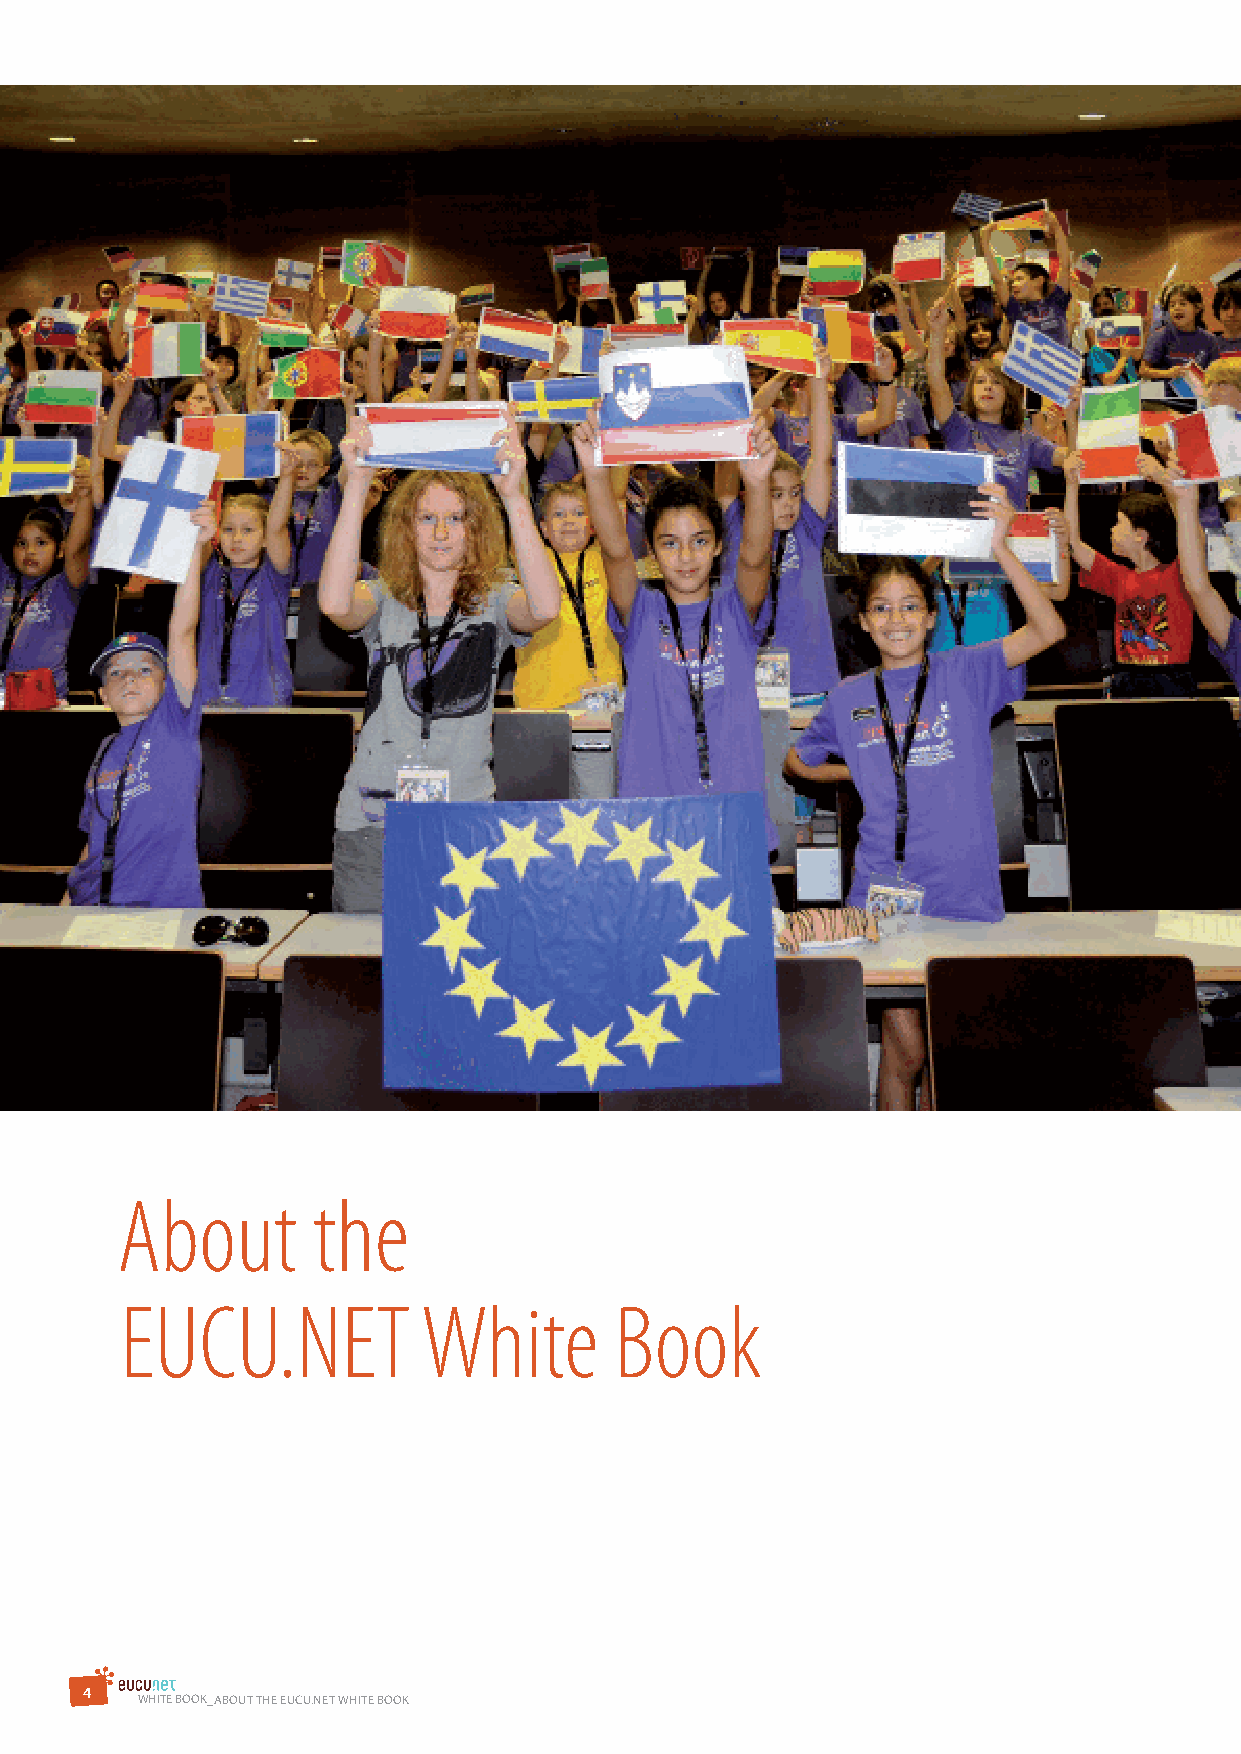
About        the
 EUCU.NET            White        Book
 4
 WHITE BOOK_ABOuT THE EuCu.NET WHITE BOOK